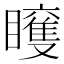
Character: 𥌍